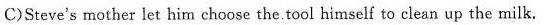
C)Steve's mother let him choose the tool himself to clean up the milk.